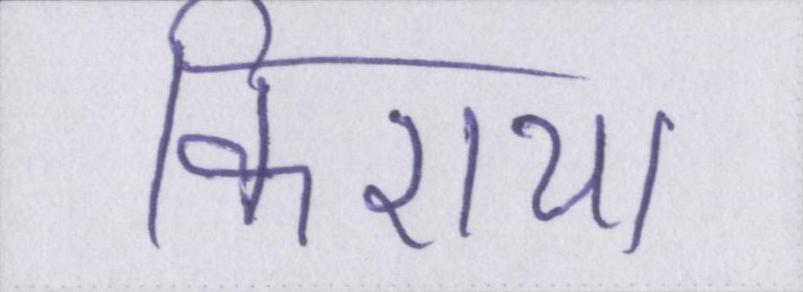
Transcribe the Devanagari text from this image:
किराया